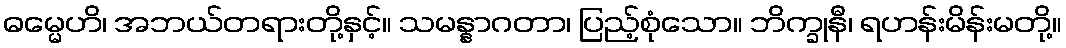
ဓမ္မေဟိ၊ အဘယ်တရားတို့နှင့်။ သမန္နာဂတာ၊ ပြည့်စုံသော။ ဘိက္ခုနီ၊ ရဟန်းမိန်းမတို့။